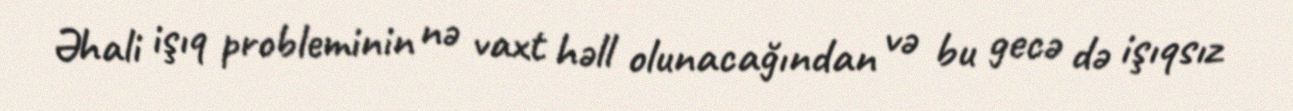
Əhali işıq probleminin nə vaxt həll olunacağından və bu gecə də işıqsız